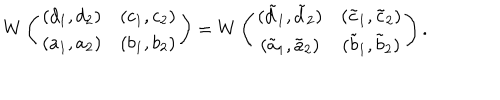
W \left( \begin{array} { c c } { { ( d _ { 1 } , d _ { 2 } ) } } & { { ( c _ { 1 } , c _ { 2 } ) } } \\ { { ( a _ { 1 } , a _ { 2 } ) } } & { { ( b _ { 1 } , b _ { 2 } ) } } \\ \end{array} \right) = W \left( \begin{array} { c c } { { ( \tilde { d } _ { 1 } , \tilde { d } _ { 2 } ) } } & { { ( \tilde { c } _ { 1 } , \tilde { c } _ { 2 } ) } } \\ { { ( \tilde { a } _ { 1 } , \tilde { a } _ { 2 } ) } } & { { ( \tilde { b } _ { 1 } , \tilde { b } _ { 2 } ) } } \\ \end{array} \right) .